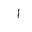
Letter: _alif